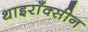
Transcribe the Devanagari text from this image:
थाइराँक्सीन